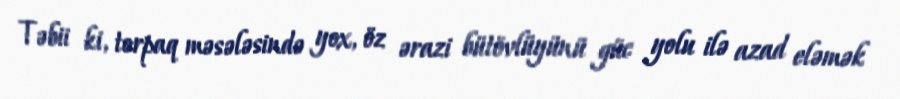
Təbii ki, torpaq məsələsində yox, öz ərazi bütövlüyünü güc yolu ilə azad eləmək